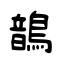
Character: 鶕